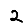
Digit: 2